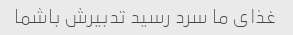
غذای ما سرد رسید تدبیرش باشما